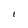
Character: I